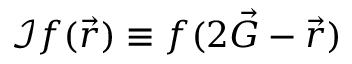
\mathcal { I } f ( \vec { r } ) \equiv f ( 2 \vec { G } - \vec { r } )